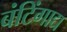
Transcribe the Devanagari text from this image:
बंटिंगाद्य